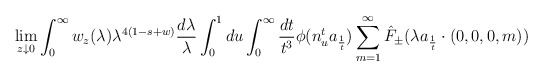
\begin{align*} \lim_{z \downarrow 0} \int_0^\infty w_z(\lambda) \lambda^{4(1-s+w)}\frac{d\lambda}{\lambda} \int_0^1 du \int_0^\infty \frac{dt}{t^3} \phi(n_{u}^t a_{\frac{1}{t}}) \sum_{m = 1}^\infty \hat{F}_{\pm}(\lambda a_{\frac{1}{t}} \cdot (0,0,0,m)) \end{align*}